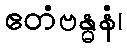
ဧတံဗန္ဓနံ၊